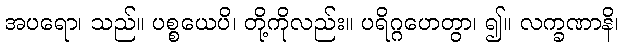
အပရော၊ သည်။ ပစ္စယေပိ၊ တို့ကိုလည်း။ ပရိဂ္ဂဟေတွာ၊ ၍။ လက္ခဏာနိ၊